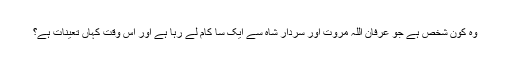
وہ کون شخص ہے جو عرفان اللہ مروت اور سردار شاہ سے ایک سا کام لے رہا ہے اور اس وقت کہاں تعینات ہے؟